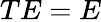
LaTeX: TE=E